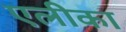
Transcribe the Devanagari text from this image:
एलीका